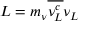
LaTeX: { \cal L } = m _ { \nu } \overline { { { \nu _ { L } ^ { c } } } } \nu _ { L }